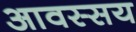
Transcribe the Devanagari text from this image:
आवस्सय